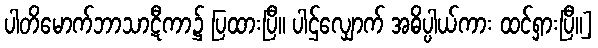
ပါတိမောက်ဘာသာဋီကာ၌ ပြထားပြီ။ ပါဌ်လျှောက် အဓိပ္ပါယ်ကား ထင်ရှားပြီ။]